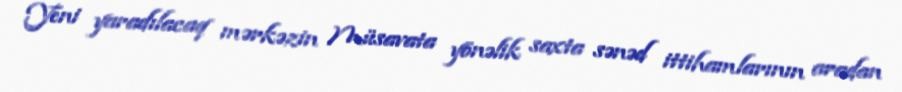
Yeni yaradılacaq mərkəzin Müsavata yönəlik saxta sənəd ittihamlarının aradan